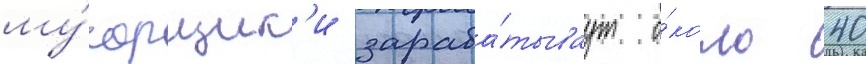
му́сорщик'и зараба́тываут о́коло 40